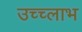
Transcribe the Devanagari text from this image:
उच्च्लाभ